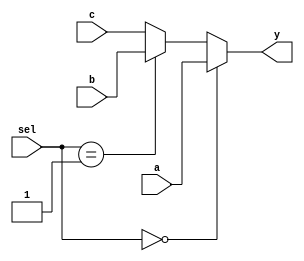

module MUX3_1( sel, a, b, c, y );
    parameter bitwidth=32;
    input [1:0] sel;
    input  [bitwidth-1:0] a, b, c;
    output [bitwidth-1:0] y;

    assign y = sel == 2'b00 ? a : sel == 2'b01 ? b : c;
endmodule